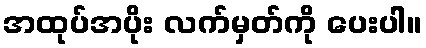
အထုပ်အပိုး လက်မှတ်ကို ပေးပါ။